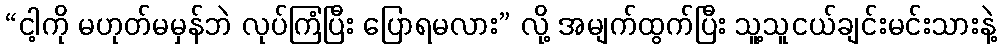
“ငါ့ကို မဟုတ်မမှန်ဘဲ လုပ်ကြံပြီး ပြောရမလား” လို့ အမျက်ထွက်ပြီး သူ့သူငယ်ချင်းမင်းသားနဲ့